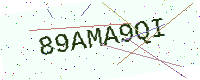
Text: 89AMA9QI